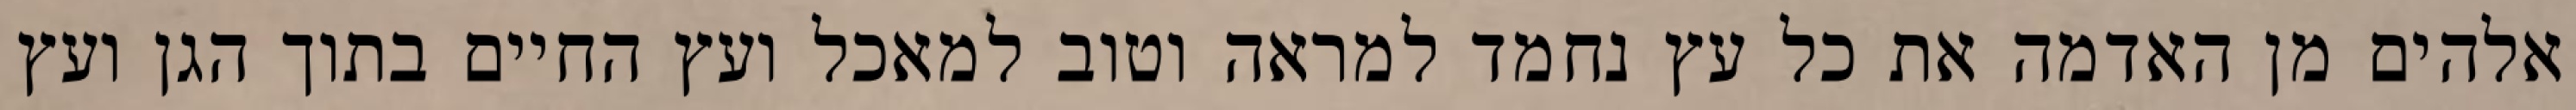
אלהים מן האדמה את כל עץ נחמד למראה וטוב למאכל ועץ החיים בתוך הגן ועץ